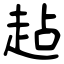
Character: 趈